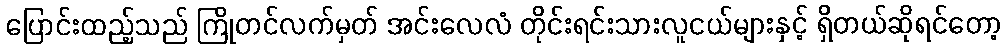
ပြောင်းထည့်သည် ကြိုတင်လက်မှတ် အင်းလေလံ တိုင်းရင်းသားလူငယ်များနှင့် ရှိတယ်ဆိုရင်တော့